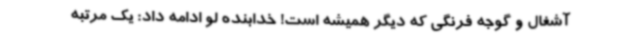
آشغال و گوجه فرنگی که دیگر همیشه است! خدابنده لو ادامه داد: یک مرتبه